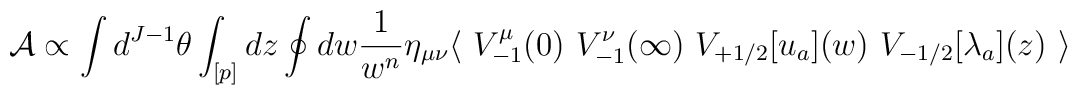
{\cal A}\propto\int d^{J-1}\theta\int_{[p]}dz\oint dw\frac{1}{w^n}\eta_{\mu\nu}\langle\ V_{-1}^\mu(0)\ V_{-1}^\nu(\infty)\ V_{+1/2}[u_a](w)\ V_{-1/2}[\lambda_a](z)\ \rangle